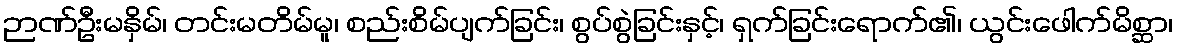
ဉာဏ်ဦးမနှိမ်၊ တင်းမတိမ်မူ၊ စည်းစိမ်ပျက်ခြင်း၊ စွပ်စွဲခြင်းနှင့်၊ ရှက်ခြင်းရောက်၏၊ ယွင်းဖေါက်မိစ္ဆာ၊